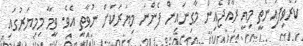
ކުރެވިފައިނެތީ މިއީ ރާއްޖެއިން މާގިނައިން ފެންނަ މިޔަރަކަށް ނުވާތީ އެވެ. ވީމާ މިމިޔަރުގައި